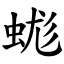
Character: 蛖